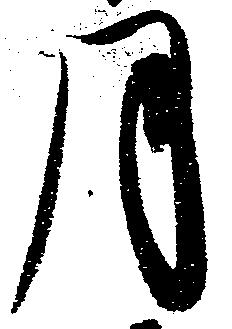
月